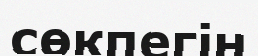
сөкпегін